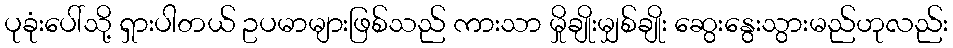
ပုခုံးပေါ်သို့ ရှားပါတယ် ဥပမာများဖြစ်သည် ကားသာ မှိုချိုးမျှစ်ချိုး ဆွေးနွေးသွားမည်ဟုလည်း